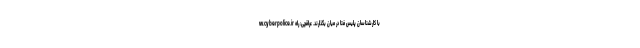
w.cyberpolice.ir با کارشناسان پلیس فتا در میان بگذارند. عراقچی: راه